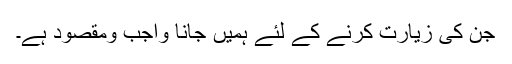
جن کی زیارت کرنے کے لئے ہمیں جانا واجب ومقصود ہے۔